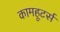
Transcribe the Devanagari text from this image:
कामहूटर्स